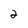
Character: 2